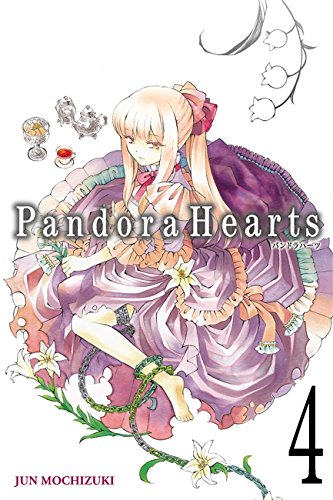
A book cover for Pandora Hearts, Vol. 4; Comics & Graphic Novels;